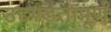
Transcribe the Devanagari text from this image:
उद्दण्डतापूर्ण